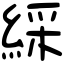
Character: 綵